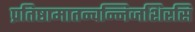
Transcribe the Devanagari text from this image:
प्रतिष्ठामातन्वन्निजशिरसि